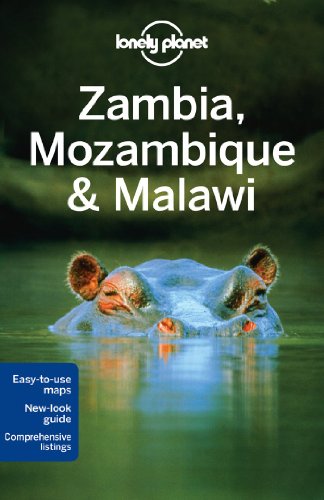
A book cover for Lonely Planet Zambia, Mozambique & Malawi (Travel Guide); Lonely Planet; Travel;